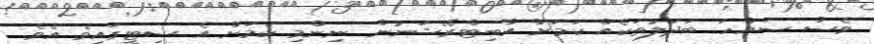
ވެސް ސައްހަ ބަދަލުތަކެއް ކަމަށް އާބިޓްރޭޝަނުން ނިންމި ކަމަށް އެ ސިޓީގައިވެ އެވެ.